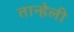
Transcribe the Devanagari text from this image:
तान्हेली